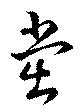
党